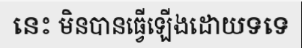
នេះ មិនបានធ្វើឡើងដោយទទេ